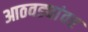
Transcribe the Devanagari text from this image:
आठवड्यांवर